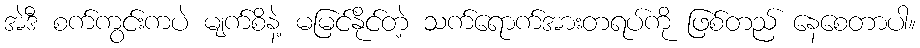
အဲဒီ စက်ကွင်းကပဲ မျက်စိနဲ့ မမြင်နိုင်တဲ့ သက်ရောက်အားတရပ်ကို ဖြစ်တည် နေစေတာပါ။